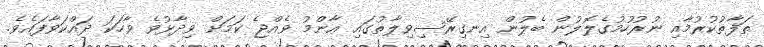
ތަފާތުކުރުމާއި ނުރުހުމުގެލޮލުން ބެލުން އިނގިރޭސިވިލާތުގައި ޢާންމު ވެއްޖެ ކަމަށް ވިދާޅުވެ ވާހަކަ ދައްކަވާފައެވެ.